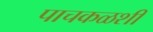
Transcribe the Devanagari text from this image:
पाचकळशी